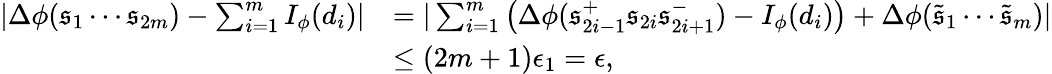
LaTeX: \begin{array}{rl}{|\Delta\phi(\mathfrak{s}_{1}\cdots\mathfrak{s}_{2m})-\sum_{i=1}^{m}I_{\phi}(d_{i})|}&{=|\sum_{i=1}^{m}\left(\Delta\phi(\mathfrak{s}_{2i-1}^{+}\mathfrak{s}_{2i}\mathfrak{s}_{2i+1}^{-})-I_{\phi}(d_{i})\right)+\Delta\phi(\tilde{\mathfrak{s}}_{1}\cdots\tilde{\mathfrak{s}}_{m})|}\\ &{\leq(2m+1)\epsilon_{1}=\epsilon,}\end{array}